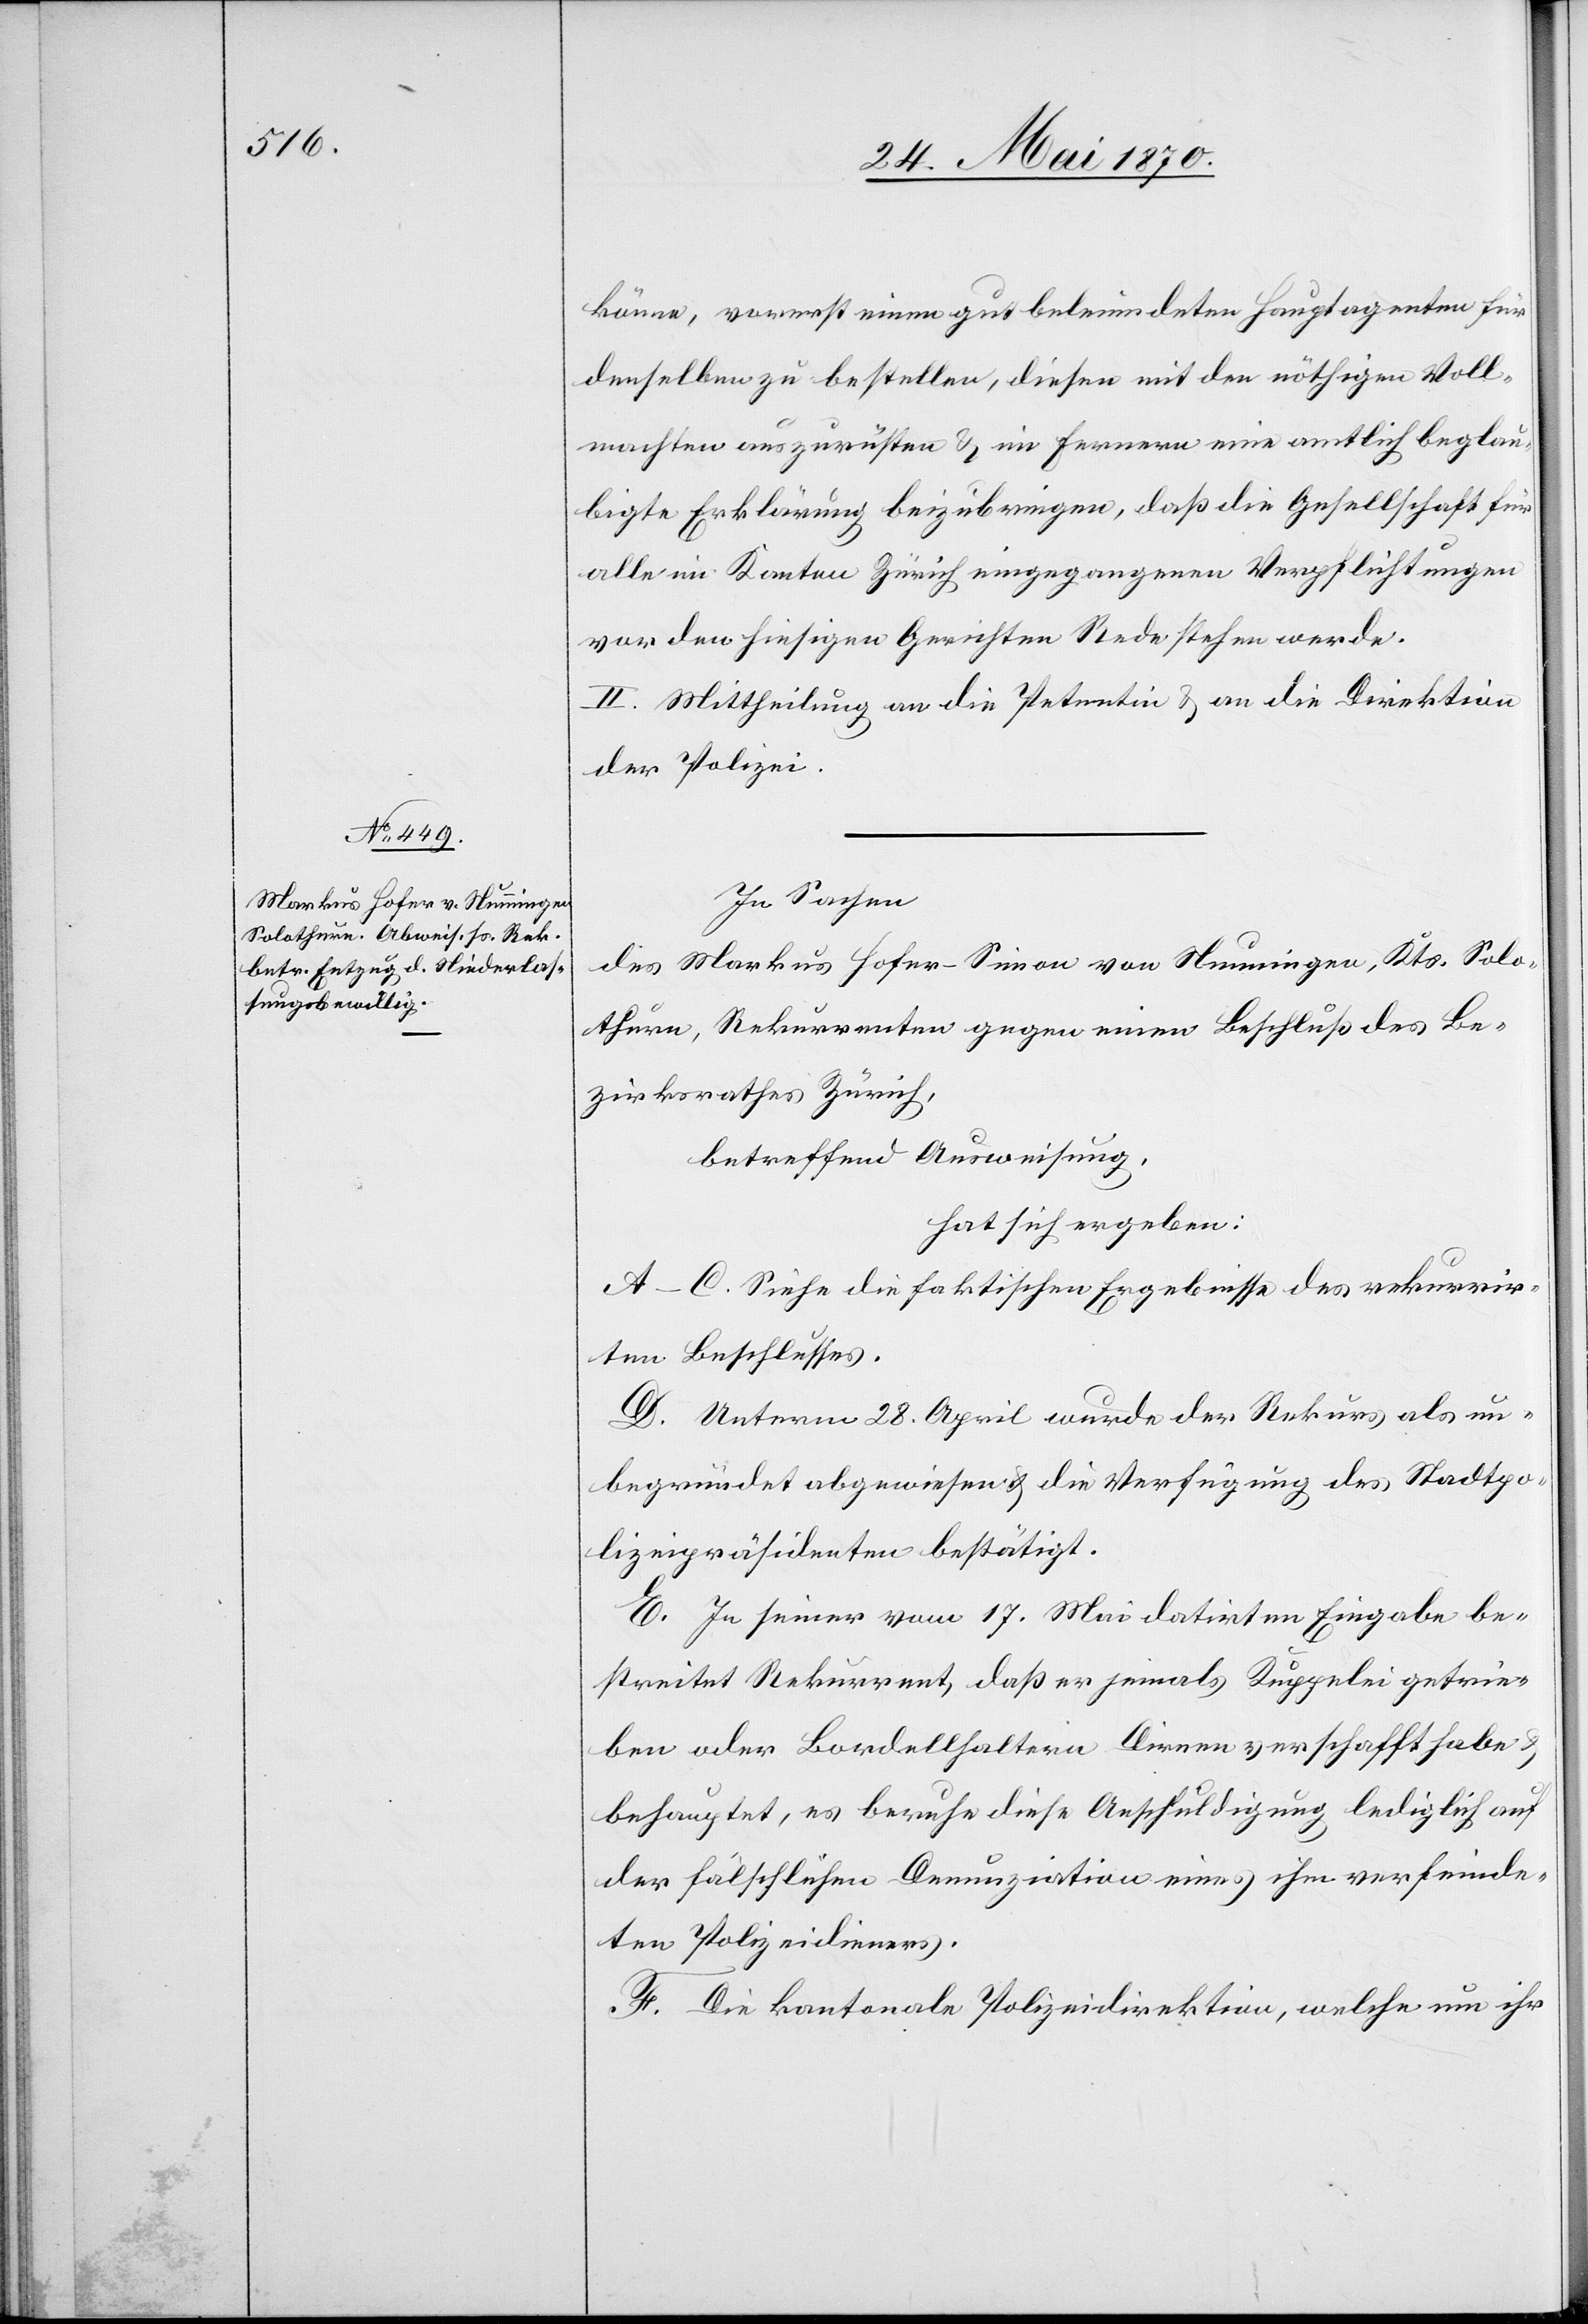
könne, vorerst einen gut beleumdeten Hauptagenten für
denselben zu bestellen, diesen mit den nöthigen Voll¬
machten auszurüsten & im Fernern eine amtlich beglau¬
bigte Erklärung beizubringen, daß die Gesellschaft für
alle im Kanton Zürich eingegangenen Verpflichtungen
vor den hiesigen Gerichten Rede stehen werde.
II. Mittheilung an die Petentin & an die Direktion
der Polizei.
In Sachen
des Markus Hofer-Simon von Nunningen, Kts. Solo¬
thurn, Rekurrenten gegen einen Beschluß des Be¬
zirksrathes Zürich,
betreffend Ausweisung,
hat sich ergeben:
A–C. Siehe die faktischen Ergebnisse des rekurrir¬
ten Beschlusses.
D. Unterm 28. April wurde der Rekurs als un¬
begründet abgewiesen & die Verfügung des Stadtpo¬
lizeipräsidenten bestätigt.
E. In seiner vom 17. Mai datirten Eingabe be¬
streitet Rekurrent, daß er jemals Kuppelei getrie¬
ben oder Bordellhaltern Dirnen verschafft habe
behauptet, es beruhe diese Anschuldigung lediglich auf
der fälschlichen Denunziation eines ihm verfeinde¬
ten Polizeidieners.
F. Die kantonale Polizeidirektion, welche um ihr